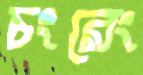
চংরেং